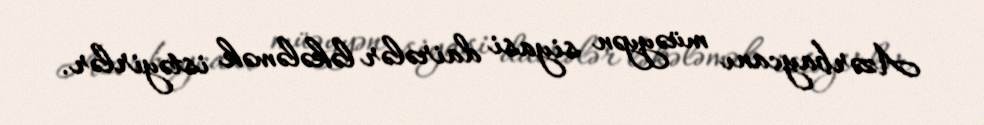
Azərbaycanı müəyyən siyasi dairələr ləkələmək istəyirlər.